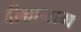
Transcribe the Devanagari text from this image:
दीक्षानाम